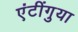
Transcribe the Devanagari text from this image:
एंटींगुया